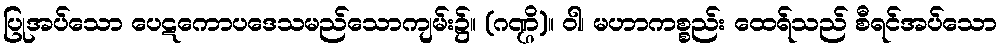
ပြုအပ်သော ပေဋကောပဒေသမည်သောကျမ်း၌။ (ဂဏ္ဌိ)။ ဝါ၊ မဟာကစ္စည်း ထေရ်သည် စီရင်အပ်သော